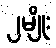
၂မျိုး